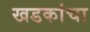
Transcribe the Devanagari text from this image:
खडकांचा